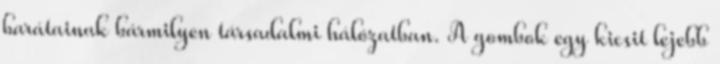
barátainak bármilyen társadalmi hálózatban. A gombok egy kicsit lejebb